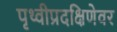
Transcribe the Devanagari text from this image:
पृथ्वीप्रदक्षिणेवर